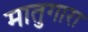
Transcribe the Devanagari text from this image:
मातुगारा